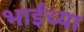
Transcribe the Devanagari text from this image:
भाईंच्या